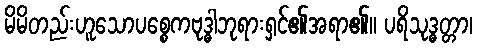
မိမိတည်းဟူသောပစ္စေကဗုဒ္ဓါဘုရားရှင်၏အရာ၏။ ပရိသုဒ္ဓတ္တာ၊